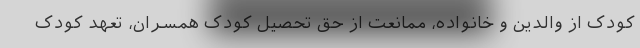
کودک از والدین و خانواده، ممانعت از حق تحصیل کودک همسران، تعهد کودک